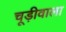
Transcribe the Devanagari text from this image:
चूड़ीवाला